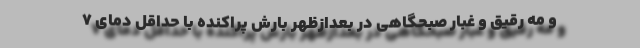
و مه رقیق و غبار صبحگاهی در بعدازظهر بارش پراکنده با حداقل دمای ۷